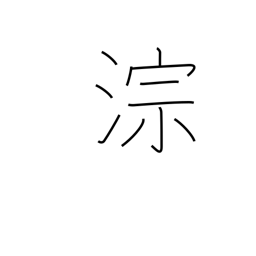
Meaning: sound of running water